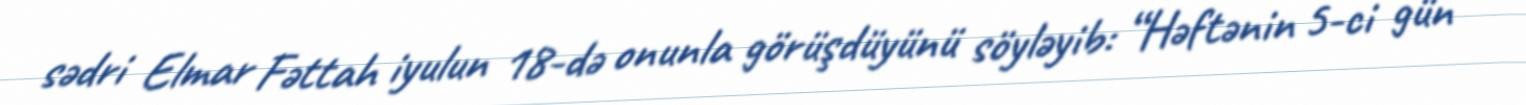
sədri Elmar Fəttah iyulun 18-də onunla görüşdüyünü söyləyib: “Həftənin 5-ci gün